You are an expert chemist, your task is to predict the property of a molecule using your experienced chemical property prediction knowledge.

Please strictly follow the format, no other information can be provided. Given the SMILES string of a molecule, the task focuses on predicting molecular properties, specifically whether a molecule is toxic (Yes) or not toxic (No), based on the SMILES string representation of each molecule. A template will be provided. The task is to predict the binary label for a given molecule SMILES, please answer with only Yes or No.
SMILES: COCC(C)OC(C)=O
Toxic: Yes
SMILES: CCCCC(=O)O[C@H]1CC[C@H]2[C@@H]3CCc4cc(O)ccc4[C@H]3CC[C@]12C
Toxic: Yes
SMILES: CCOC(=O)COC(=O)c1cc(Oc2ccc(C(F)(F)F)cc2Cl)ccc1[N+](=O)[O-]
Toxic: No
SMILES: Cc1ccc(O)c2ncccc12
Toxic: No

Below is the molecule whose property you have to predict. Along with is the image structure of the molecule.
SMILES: Nc1ccccc1[N+](=O)[O-]
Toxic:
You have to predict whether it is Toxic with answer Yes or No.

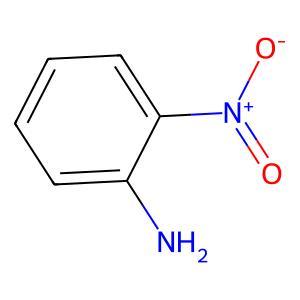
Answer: No